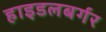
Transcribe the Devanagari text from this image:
हाइडलबर्गर